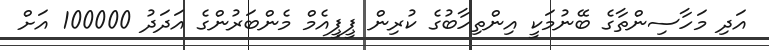
އަދި މަހާސިންތާގެ ބޭނުމަކީ އިންތިހާބުގެ ކުރިން ޕީޕީއެމް މެންބަރުންގެ އަދަދު 100000 އަށް